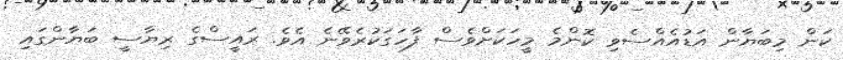
ކަން މިބަޔާން އަޑުއެއްސެވި ކޮންމެ މީހަކަށްވެސް ފާހަގަކުރެވޭނެ އެވެ. ރައީސްގެ ރިޔާސީ ބަޔާންގައި